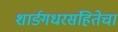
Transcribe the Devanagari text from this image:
शार्ङ्गधरसंहितेचा